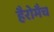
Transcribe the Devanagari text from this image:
हैरोमैच